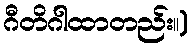
ဂီတိဂါထာတည်း။)